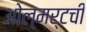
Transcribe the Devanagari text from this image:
ओल्मर्टची